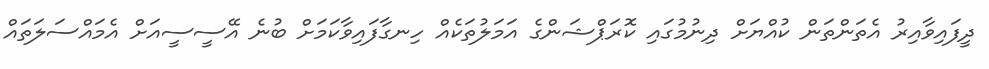
ދީފައިވާއިރު އެތަންތަން ކުއްޔަށް ދިނުމުގައި ކޮރަޕްޝަންގެ އަމަލުތަކެއް ހިނގާފައިވާކަމަށް ބުނެ އޭސީސީއަށް އެމައްސަލަތައް